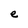
Character: e